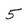
Character: 5